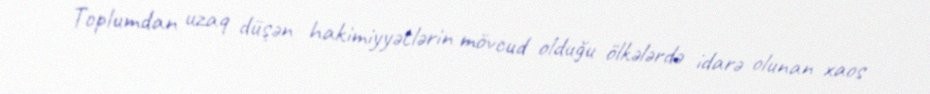
Toplumdan uzaq düşən hakimiyyətlərin mövcud olduğu ölkələrdə idarə olunan xaos